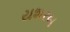
યશરબ